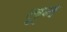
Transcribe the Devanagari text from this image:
लून